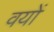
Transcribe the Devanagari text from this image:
वयों